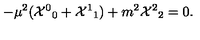
- \mu ^ { 2 } ( { { \cal X } ^ { 0 } } _ { 0 } + { { \cal X } ^ { 1 } } _ { 1 } ) + m ^ { 2 } { { \cal X } ^ { 2 } } _ { 2 } = 0 .